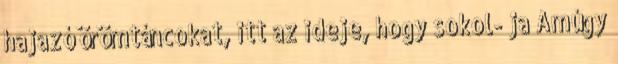
hajazó örömtáncokat, itt az ideje, hogy sokol- ja Amúgy